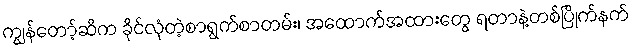
ကျွန်တော့်ဆီက ခိုင်လုံတဲ့စာရွက်စာတမ်း၊ အထောက်အထားတွေ ရတာနဲ့တစ်ပြိုက်နက်